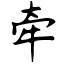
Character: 牵